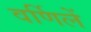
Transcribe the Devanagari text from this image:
वर्णिलें